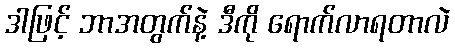
ဒါဖြင့် ဘာအတွက်နဲ့ ဒီကို ရောက်လာရတာလဲ